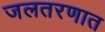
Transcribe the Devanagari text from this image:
जलतरणात